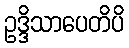
ဥဒ္ဒိသာပေတိပိ